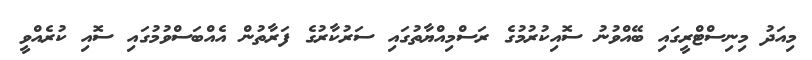
މިއަދު މިނިސްޓްރީގައި ބޭއްވުނު ސޮއިކުރުމުގެ ރަސްމިއްޔާތުގައި ސަރުކާރުގެ ފަރާތުން އެއްބަސްވުމުގައި ސޮއި ކުރެއްވީ